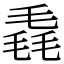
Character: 毳